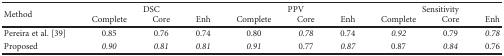
<table><thead><tr><td rowspan="2"><b>Method</b></td><td colspan="3"><b>DSC</b></td><td colspan="3"><b>PPV</b></td><td colspan="3"><b>Sensitivity</b></td></tr><tr><td><b>Complete</b></td><td><b>Core</b></td><td><b>Enh</b></td><td><b>Complete</b></td><td><b>Core</b></td><td><b>Enh</b></td><td><b>Complete</b></td><td><b>Core</b></td><td><b>Enh</b></td></tr></thead><tbody><tr><td>Pereira et al. [39]</td><td>0.85</td><td>0.76</td><td>0.74</td><td>0.80</td><td><i>0.78</i></td><td>0.74</td><td><i>0.92</i></td><td>0.79</td><td><i>0.78</i></td></tr><tr><td>Proposed</td><td><i>0.90</i></td><td><i>0.81</i></td><td><i>0.81</i></td><td><i>0.91</i></td><td>0.77</td><td><i>0.87</i></td><td>0.87</td><td><i>0.84</i></td><td>0.76</td></tr></tbody></table>